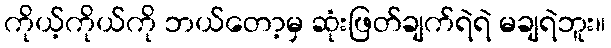
ကိုယ့်ကိုယ်ကို ဘယ်တော့မှ ဆုံးဖြတ်ချက်ရဲရဲ မချရဲဘူး။